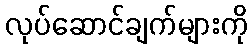
လုပ်ဆောင်ချက်များကို